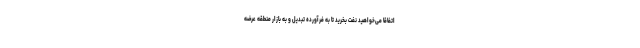
اتفاقا می‌خواهید نفت بخرید تا به فرآورده تبدیل و به بازار منطقه عرضه